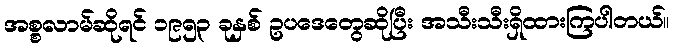
အစ္စလာမ်ဆိုရင် ၁၉၅၃ ခုနှစ် ဥပဒေတွေဆိုပြီး အသီးသီးရှိထားကြပါတယ်။